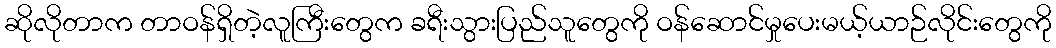
ဆိုလိုတာက တာဝန်ရှိတဲ့လူကြီးတွေက ခရီးသွားပြည်သူတွေကို ဝန်ဆောင်မှုပေးမယ့်ယာဉ်လိုင်းတွေကို